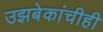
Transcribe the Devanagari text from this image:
उझबेकांचीही